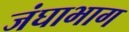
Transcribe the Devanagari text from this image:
जंघाभाग